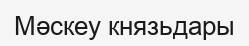
Мәскеу князьдары